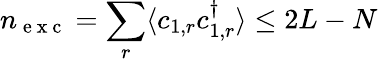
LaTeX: n_{\mathrm{~e~x~c~}}=\sum_{r}\langle c_{1,r}c_{1,r}^{\dagger}\rangle\leq 2L-N